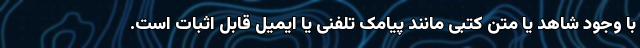
با وجود شاهد یا متن کتبی مانند پیامک تلفنی یا ایمیل قابل اثبات است.